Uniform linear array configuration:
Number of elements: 24
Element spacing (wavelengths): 0.5
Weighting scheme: hamming
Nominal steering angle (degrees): -60
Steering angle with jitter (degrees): -60.999
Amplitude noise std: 0.05
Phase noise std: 0.05

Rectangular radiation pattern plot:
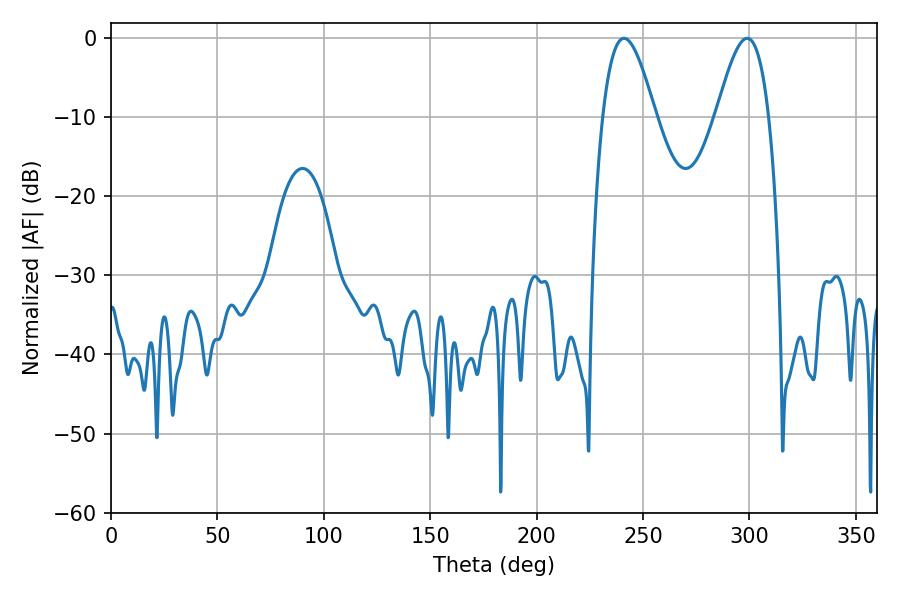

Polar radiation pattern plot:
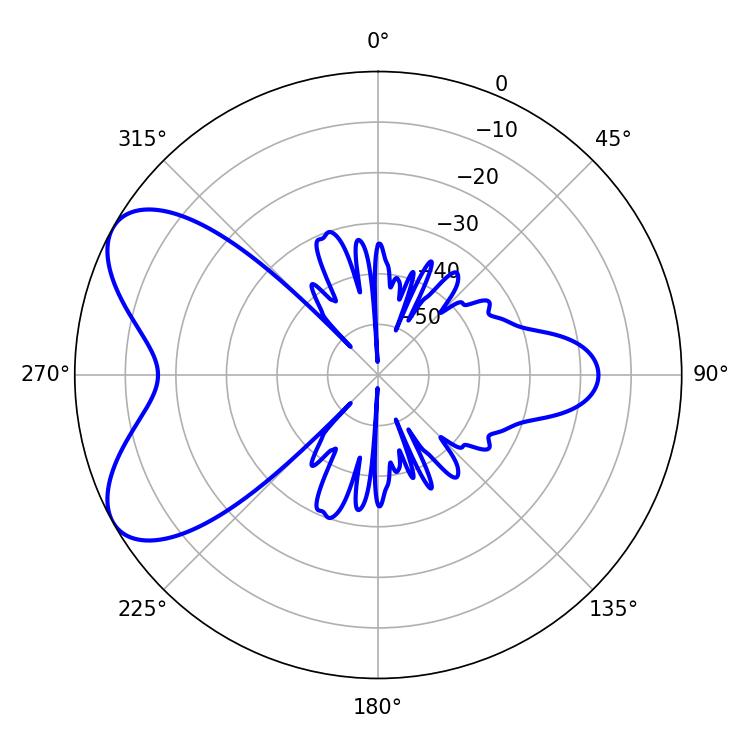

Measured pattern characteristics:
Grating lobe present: FALSE
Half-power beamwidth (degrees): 13.32
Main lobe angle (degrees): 241.02